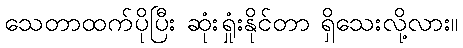
သေတာထက်ပိုပြီး ဆုံးရှုံးနိုင်တာ ရှိသေးလို့လား။